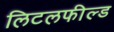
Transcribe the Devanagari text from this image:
लिटलफील्ड